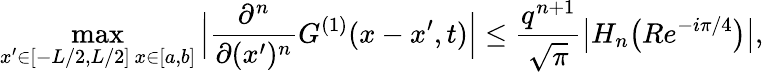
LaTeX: \operatorname*{max}_{\substack{x^{\prime}\in[-L/2,L/2]\, x\in[a,b]}}\Big|\frac{\partial^{n}}{\partial(x^{\prime})^{n}}G^{(1)}(x-x^{\prime},t)\Big|\leq\frac{q^{n+1}}{\sqrt{\pi}}\big|H_{n}\big(Re^{-i\pi/4}\big)\big|,